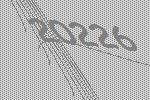
20226